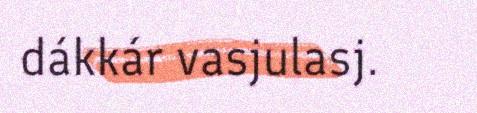
dákkár vasjulasj.